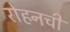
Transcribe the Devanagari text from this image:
रोहनची